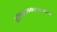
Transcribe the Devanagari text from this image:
३११०४००००००००००